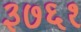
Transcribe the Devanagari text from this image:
३७६१